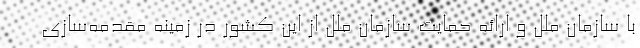
با سازمان ملل و ارائه حمایت سازمان ملل از این کشور در زمینه مقدمه‌سازی